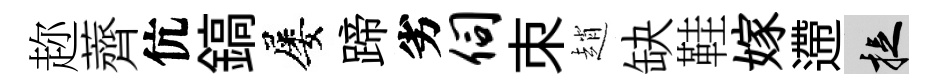
趂薺伉鎬屡蹄劣伺朿趙缺鞋嫁遰捉